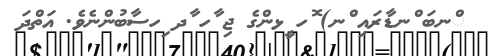
ްނބަ ްނޑާރައި ްނ) ޮހ ީޅންގެ ޖި ާހ ާދ ިހސާބުންނެވެ. އަތްދަ